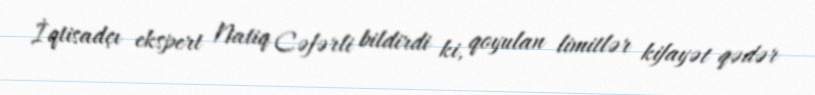
İqtisadçı ekspert Natiq Cəfərli bildirdi ki, qoyulan limitlər kifayət qədər